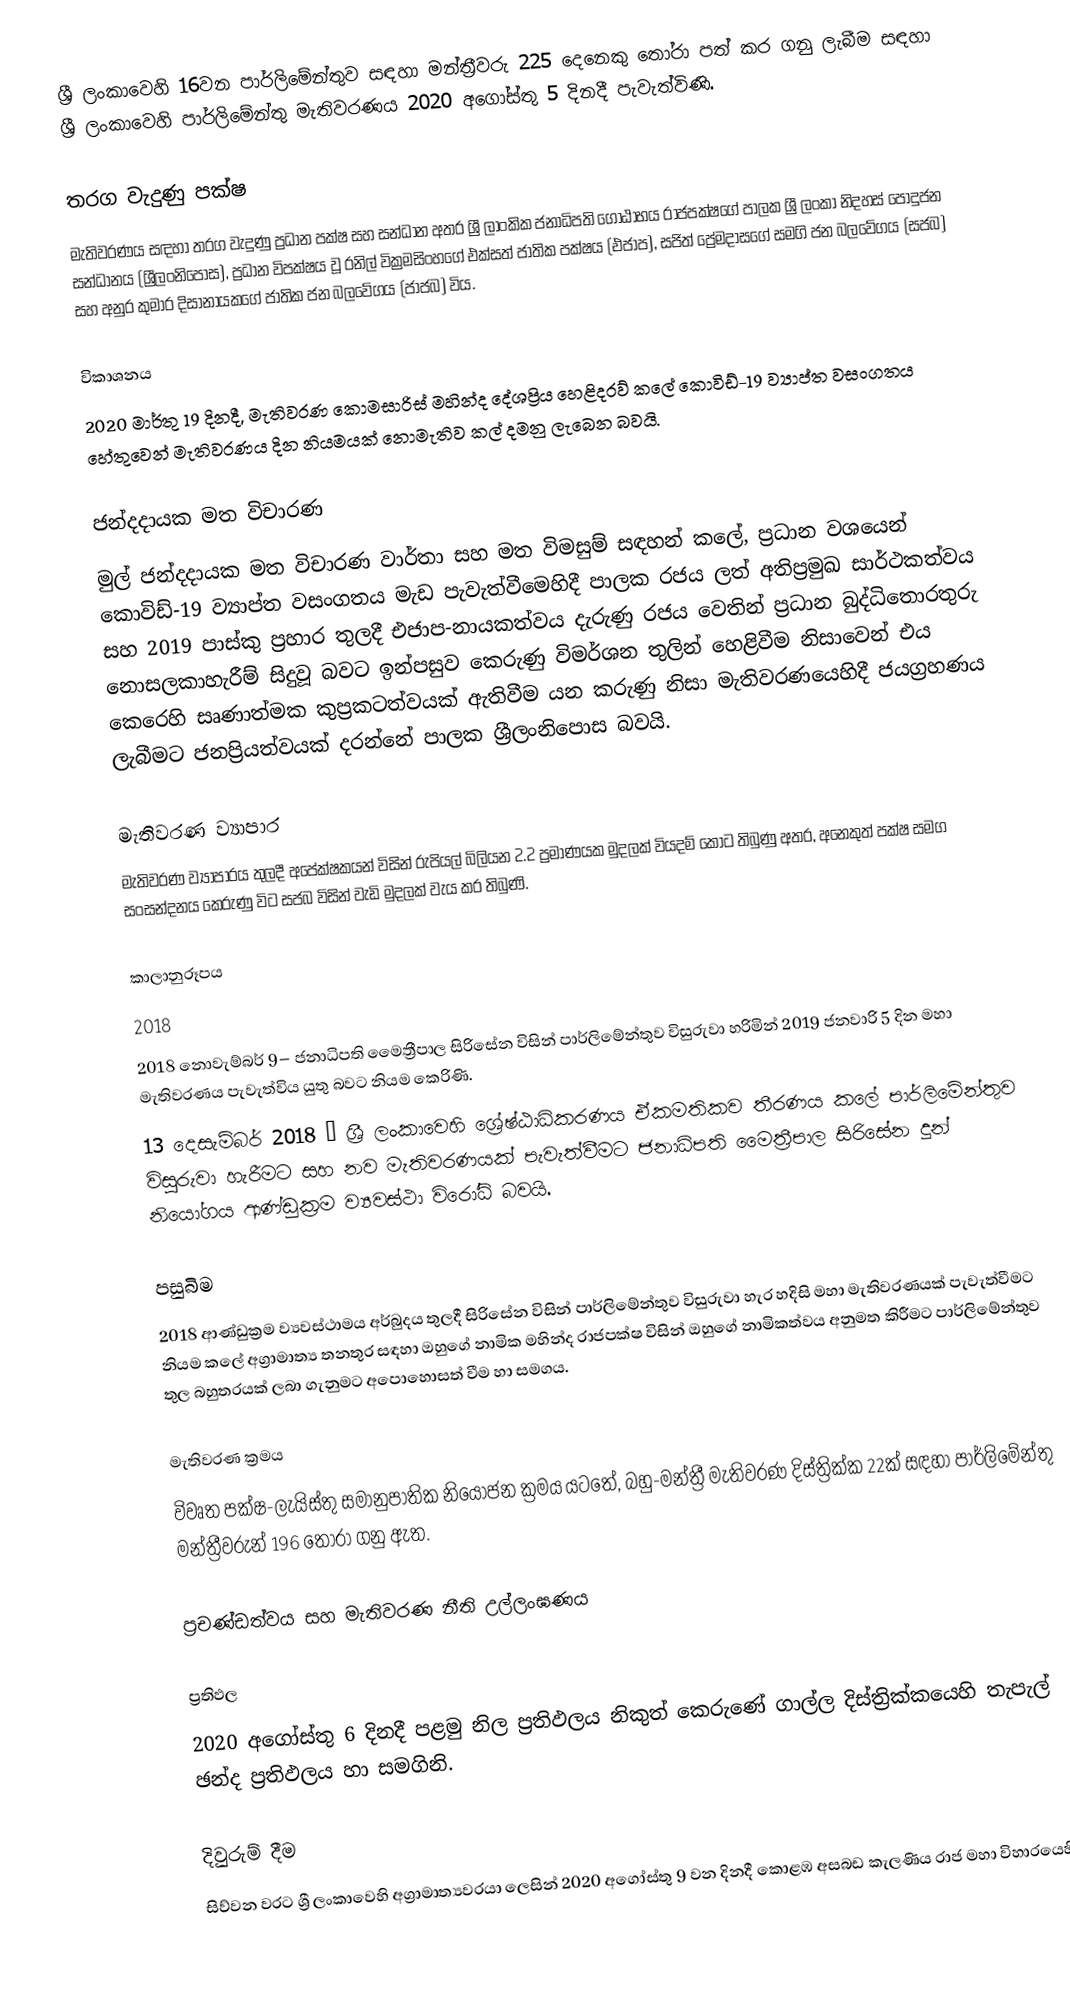
ශ්‍රී ලංකාවෙහි 16වන පාර්ලිමේන්තුව සඳහා මන්ත්‍රීවරු 225 දෙනෙකු තෝරා පත් කර ගනු ලැබීම සඳහා ශ්‍රී ලංකාවෙහි පාර්ලිමේන්තු මැතිවරණය 2020 අගෝස්තු 5 දිනදී පැවැත්විණි.

තරග වැදුණු පක්ෂ
මැතිවරණය සඳහා තරග වැදුණු ප්‍රධාන පක්ෂ සහ සන්ධාන අතර ශ්‍රී ලාංකික ජනාධිපති ගෝඨාභය රාජපක්ෂගේ පාලක ශ්‍රී ලංකා නිදහස් පොදුජන සන්ධානය (ශ්‍රීලංනිපොස), ප්‍රධාන විපක්ෂය වූ රනිල් වික්‍රමසිංහගේ එක්සත් ජාතික පක්ෂය (එජාප), සජිත් ප්‍රේමදාසගේ සමගි ජන බලවේගය (සජබ) සහ  අනුර කුමාර දිසානායකගේ ජාතික ජන බලවේගය (ජාජබ) විය.

විකාශනය
2020 මාර්තු 19 දිනදී, මැතිවරණ කොමසාරිස් මහින්ද දේශප්‍රිය හෙළිදරව් කලේ  කොවිඩ්-19 ව්‍යාප්ත වසංගතය හේතුවෙන් මැතිවරණය දින නියමයක් නොමැතිව කල් දමනු ලැබෙන බවයි.

ජන්දදායක මත විචාරණ
මුල්  ජන්දදායක මත විචාරණ වාර්තා සහ මත විමසුම් සඳහන් කලේ, ප්‍රධාන වශයෙන් කොවිඩ්-19 ව්‍යාප්ත වසංගතය මැඩ පැවැත්වීමෙහිදී පාලක රජය ලත් අතිප්‍රමුඛ සාර්ථකත්වය සහ 2019 පාස්කු ප්‍රහාර තුලදී එජාප-නායකත්වය දැරුණු රජය වෙතින් ප්‍රධාන බුද්ධිතොරතුරු නොසලකාහැරීම් සිදුවූ බවට ඉන්පසුව කෙරුණු විමර්ශන තුලින් හෙළිවීම නිසාවෙන් එය කෙරෙහි සෘණාත්මක කුප්‍රකටත්වයක් ඇතිවීම යන කරුණු නිසා   මැතිවරණයෙහිදී ජයග්‍රහණය ලැබීමට  ජනප්‍රියත්වයක් දරන්නේ පාලක ශ්‍රීලංනිපොස බවයි.

මැතිවරණ  ව්‍යාපාර
මැතිවරණ ව්‍යාපාරය තුලදී අපේක්ෂකයන් විසින් රුපියල් බිලියන  2.2 ප්‍රමාණයක මුදලක් වියදම් කොට තිබුණු අතර, අනෙකුත් පක්ෂ සමග සංසන්දනය කෙරුණු විට සජබ විසින් වැඩි මුදලක් වැය කර තිබුණි.

කාලානුරූපය
2018
 2018 නොවැම්බර් 9– ජනාධිපති මෛත්‍රීපාල සිරිසේන විසින් පාර්ලිමේන්තුව විසුරුවා හරිමින් 2019 ජනවාරි 5 දින මහා මැතිවරණය පැවැත්විය යුතු බවට නියම කෙරිණි.
 13 දෙසැම්බර්  2018 – ශ්‍රී ලංකාවෙහි ශ්‍රේෂ්ඨාධිකරණය ඒකමතිකව තීරණය කලේ පාර්ලිමේන්තුව විසුරුවා හැරීමට සහ නව මැතිවරණයක් පැවැත්වීමට ජනාධිපති මෛත්‍රීපාල සිරිසේන දුන් නියෝගය ආණ්ඩුක්‍රම ව්‍යවස්ථා විරෝධි බවයි.

පසුබිම
2018  ආණ්ඩුක්‍රම ව්‍යවස්ථාමය අර්බුදය තුලදී සිරිසේන විසින් පාර්ලිමේන්තුව විසුරුවා හැර හදිසි මහා මැතිවරණයක් පැවැත්වීමට නියම කලේ අග්‍රාමාත්‍ය තනතුර සඳහා ඔහුගේ  නාමික මහින්ද රාජපක්ෂ විසින් ඔහුගේ නාමිකත්වය අනුමත කිරීමට පාර්ලිමේන්තුව තුල බහුතරයක් ලබා ගැනුමට අපොහොසත් වීම හා සමගය.

මැතිවරණ ක්‍රමය
විවෘත පක්ෂ-ලැයිස්තු සමානුපාතික නියෝජන ක්‍රමය යටතේ, බහු-මන්ත්‍රී මැතිවරණ දිස්ත්‍රික්ක 22ක් සඳහා පාර්ලිමේන්තු මන්ත්‍රීවරුන් 196 තෝරා ගනු ඇත.

ප්‍රචණ්ඩත්වය සහ මැතිවරණ නීති උල්ලංඝණය

ප්‍රතිඵල
2020 අගෝස්තු 6 දිනදී පළමු නිල ප්‍රතිඵලය නිකුත් කෙරුණේ ගාල්ල දිස්ත්‍රික්කයෙහි තැපැල් ඡන්ද ප්‍රතිඵලය හා සමගිනි.

දිවුරුම් දීම
සිව්වන වරට  ශ්‍රී ලංකාවෙහි අග්‍රාමාත්‍යවරයා ලෙසින් 2020 අගෝස්තු 9 වන දිනදී  කොළඹ අසබඩ කැලණිය රාජ මහා විහාරයෙහිදී